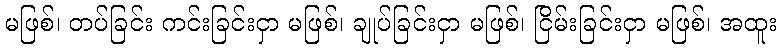
မဖြစ်၊ တပ်ခြင်း ကင်းခြင်းငှာ မဖြစ်၊ ချုပ်ခြင်းငှာ မဖြစ်၊ ငြိမ်းခြင်းငှာ မဖြစ်၊ အထူး